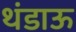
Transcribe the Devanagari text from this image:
थंडाऊ